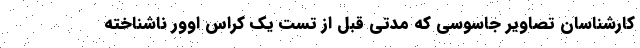
کارشناسان تصاویر جاسوسی که مدتی قبل از تست یک کراس اوور ناشناخته